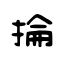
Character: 掄